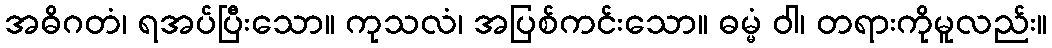
အဓိဂတံ၊ ရအပ်ပြီးသော။ ကုသလံ၊ အပြစ်ကင်းသော။ ဓမ္မံ ဝါ၊ တရားကိုမူလည်း။